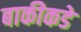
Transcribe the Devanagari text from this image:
बाकीकडे